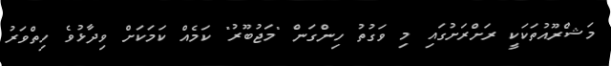
މަޝްރޫއުތަކަކީ ރަށްރަށުގައި މި ވަގުތު ހިންގަން "މަޖުބޫރު" ކަމެއް ކަމަކަށް ވިދާޅުވެ ހިތްވަރު